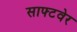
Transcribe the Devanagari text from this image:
साफ्टवेर